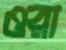
ওরা